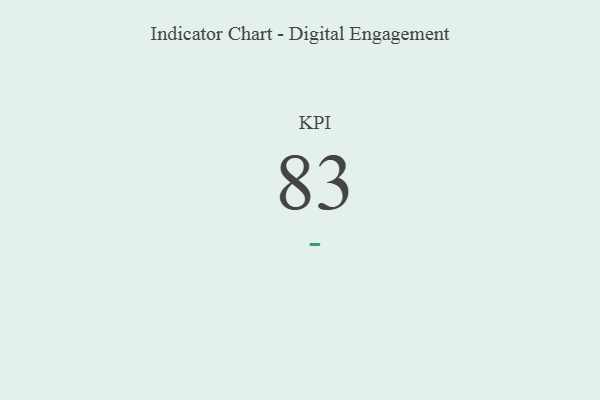
{"axis": {"x": "KPI", "y": "Value"}, "legend": [""], "data": [{"x": "KPI", "y": 83, "type": ""}]}